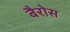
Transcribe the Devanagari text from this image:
बैरोस